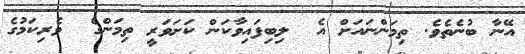
އޭނާ ބުނެތެވެ. ތިމަންނައަށް އެ  ލިބިފައިވާކަން ކަށަވަރީ ތިމަންގެ  ވެރިކަމުގެ